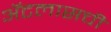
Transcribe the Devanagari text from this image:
ॲटलासची